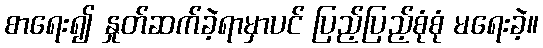
စာရေး၍ နှုတ်ဆက်ခဲ့ရာမှာပင် ပြည့်ပြည့်စုံစုံ မရေးခဲ့။